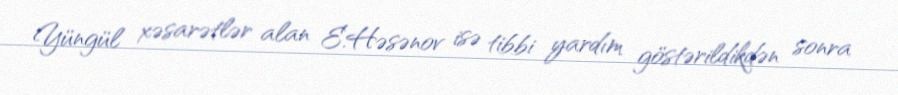
Yüngül xəsarətlər alan E.Həsənov isə tibbi yardım göstərildikdən sonra